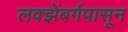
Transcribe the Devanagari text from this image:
लक्झेंबर्गपासून